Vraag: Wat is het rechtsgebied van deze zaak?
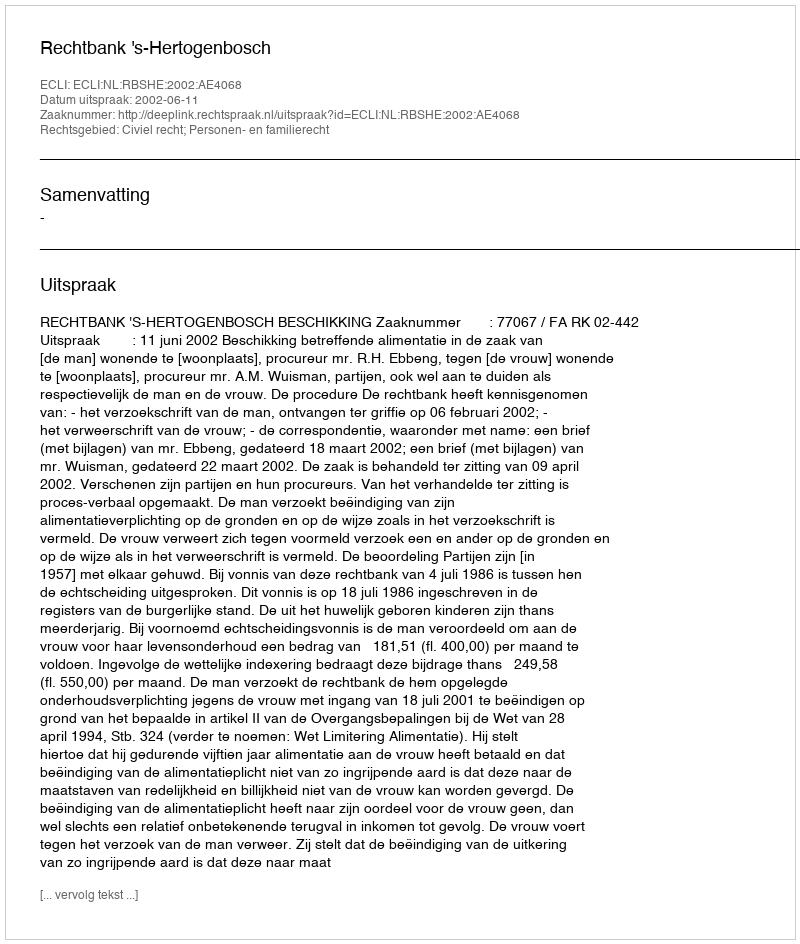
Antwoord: Civiel recht; Personen- en familierecht